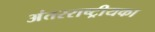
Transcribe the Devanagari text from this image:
अंतरराष्ट्रीयका